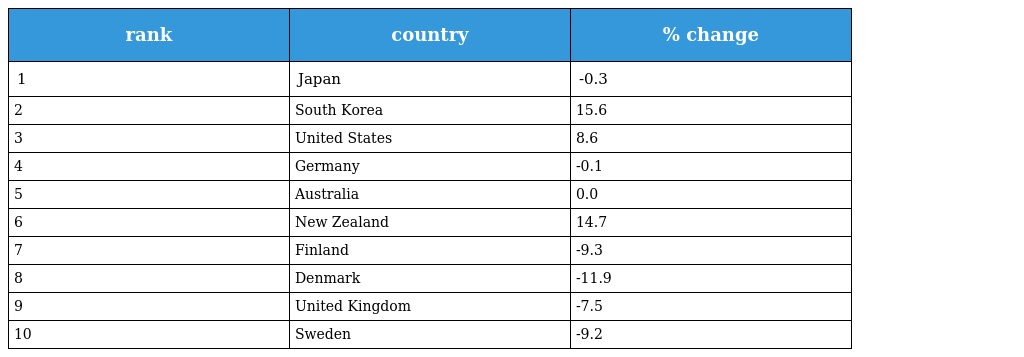
| rank | country | % change |
 | --- | --- | --- |
 | 1 | Japan | -0.3 |
 | 2 | South Korea | 15.6 |
 | 3 | United States | 8.6 |
 | 4 | Germany | -0.1 |
 | 5 | Australia | 0.0 |
 | 6 | New Zealand | 14.7 |
 | 7 | Finland | -9.3 |
 | 8 | Denmark | -11.9 |
 | 9 | United Kingdom | -7.5 |
 | 10 | Sweden | -9.2 |